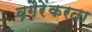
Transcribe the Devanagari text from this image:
वगैरेंकरता